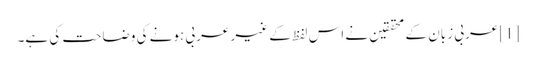
[1] عربی زبان کے محققین نے اس لفظ کے غیر عربی ہونے کی وضاحت کی ہے۔